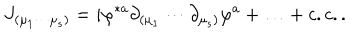
J _ { ( \mu _ { 1 } \cdots \mu _ { s } ) } = i \varphi ^ { * a } \partial _ { ( \mu _ { 1 } } \cdots \partial _ { \mu _ { s } ) } \varphi ^ { a } + \ldots + c . c . .